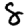
Digit: 8